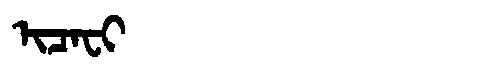
Manchu: ᡳᠴᠠᠸᡳ
Romanization: ICAFI